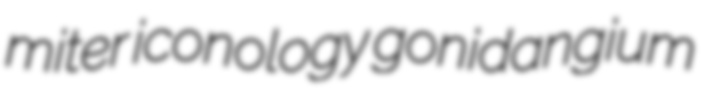
miter iconology gonidangium